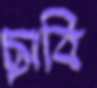
ছাবি